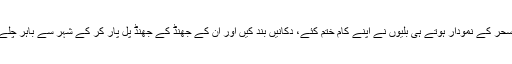
سپیدۂ سحر کے نمودار ہوتے ہی بلّیوں نے اپنے کام ختم کئے، دکانیں بند کیں اور ان کے جھنڈ کے جھنڈ پل پار کر کے شہر سے باہر چلے گئے۔